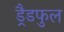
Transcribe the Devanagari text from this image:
ड्रैडफुल